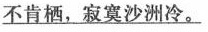
\underline{不肯栖，寂寞沙洲冷。}